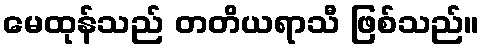
မေထုန်သည် တတိယရာသီ ဖြစ်သည်။